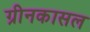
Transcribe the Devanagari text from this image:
ग्रीनकासल